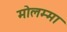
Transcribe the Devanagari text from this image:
मोलम्मा